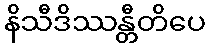
နိသီဒိဿန္တီတိပေ